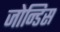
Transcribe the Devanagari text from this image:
जोन्डिस